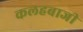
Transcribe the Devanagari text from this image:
कलहबाजी